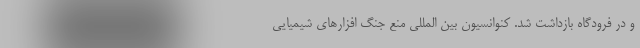
و در فرودگاه بازداشت شد. کنوانسیون بین المللی منع جنگ افزارهای شیمیایی